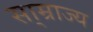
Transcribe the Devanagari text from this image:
सा्म्राज्य